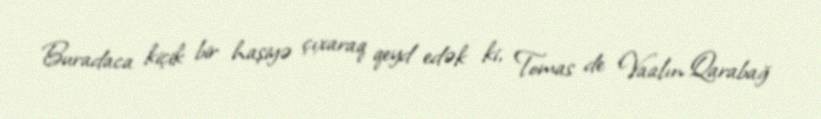
Buradaca kiçik bir haşiyə çıxaraq qeyd edək ki, Tomas de Vaalın Qarabağ